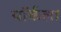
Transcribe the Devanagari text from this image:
यॉर्कला